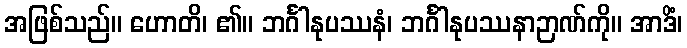
အဖြစ်သည်။ ဟောတိ၊ ၏။ ဘင်္ဂါနုပဿနံ၊ ဘင်္ဂါနုပဿနာဉာဏ်ကို။ အာဒိံ၊